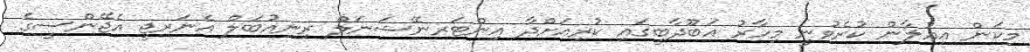
މިކަން އިޢުލާން ކުރެވުނީ މިހާރު އަބޫދާބީގައި ކުރިއަށްދާ އިންޓަރނޭޝަނަލް ރިނިއުބަލް އެނަރޖީ އެޖޭންސީގެ